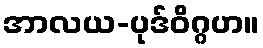
အာလယ-ပုဒ်ဝိဂ္ဂဟ။